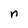
Character: n